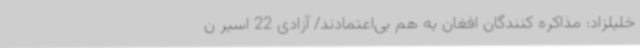
خلیلزاد: مذاکره ‌کنندگان افغان به هم بی‌اعتمادند/ آزادی 22 اسیر ن